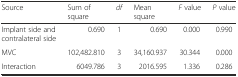
| Source | Sum of square | df | Mean square | F value | P value |
 | --- | --- | --- | --- | --- | --- |
 | Implant side and contralateral side | 0.690 | 1 | 0.690 | 0.000 | 0.990 |
 | MVC | 102,482.810 | 3 | 34,160.937 | 30.344 | 0.000 |
 | Interaction | 6049.786 | 3 | 2016.595 | 1.336 | 0.286 |